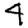
Digit: 4